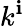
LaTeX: k^{\mathbf{i}}